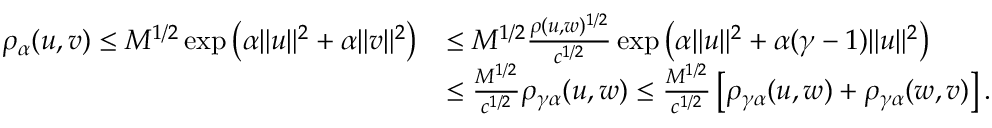
\begin{array} { r l } { \rho _ { \alpha } ( u , v ) \leq M ^ { 1 / 2 } \exp \left( \alpha \| u \| ^ { 2 } + \alpha \| v \| ^ { 2 } \right) } & { \leq M ^ { 1 / 2 } \frac { \rho ( u , w ) ^ { 1 / 2 } } { c ^ { 1 / 2 } } \exp \left( \alpha \| u \| ^ { 2 } + \alpha ( \gamma - 1 ) \| u \| ^ { 2 } \right) } \\ & { \leq \frac { M ^ { 1 / 2 } } { c ^ { 1 / 2 } } \rho _ { \gamma \alpha } ( u , w ) \leq \frac { M ^ { 1 / 2 } } { c ^ { 1 / 2 } } \left[ \rho _ { \gamma \alpha } ( u , w ) + \rho _ { \gamma \alpha } ( w , v ) \right] . } \end{array}